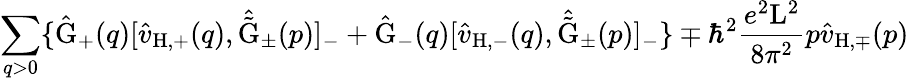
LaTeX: \sum_{q>0}\{ \hat{\mathrm{G}}_{+}(q)[\hat{v}_{\mathrm{H,+}}(q),\hat{\tilde{\mathrm{G}}}_{\pm}(p)]_{-}+\hat{\mathrm{G}}_{-}(q)[\hat{v}_{\mathrm{H,-}}(q),\hat{\tilde{\mathrm{G}}}_{\pm}(p)]_{-}\} \mp{\hbar}^{2}\frac{e^{2}\mathrm{L}^{2}}{8{\pi}^{2}}p\hat{v}_{\mathrm{H,\mp}}(p)